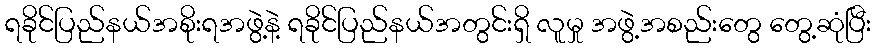
ရခိုင်ပြည်နယ်အစိုးရအဖွဲ့နဲ့ ရခိုင်ပြည်နယ်အတွင်းရှိ လူမှု အဖွဲ့အစည်းတွေ တွေ့ဆုံပြီး